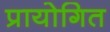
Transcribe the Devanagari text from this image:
प्रायोगित